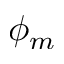
\phi _ { m }